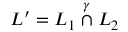
L ^ { \prime } = L _ { 1 } \stackrel { \gamma } { \cap } L _ { 2 }